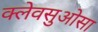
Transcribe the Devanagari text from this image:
क्लेवसुओसा